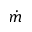
\dot { m }